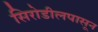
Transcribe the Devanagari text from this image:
सिरोडीलपासून